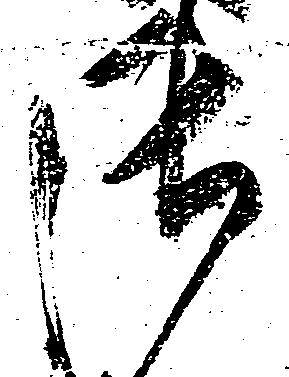
御